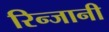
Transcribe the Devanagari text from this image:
रिन्जानी